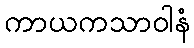
ကာယကသာဝါနံ